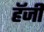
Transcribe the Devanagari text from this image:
हॅजी